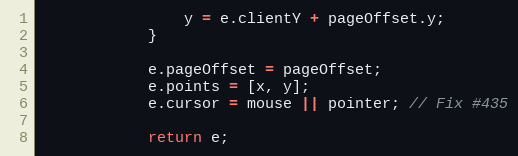
Language: JavaScript
                y = e.clientY + pageOffset.y;
            }

            e.pageOffset = pageOffset;
            e.points = [x, y];
            e.cursor = mouse || pointer; // Fix #435

            return e;